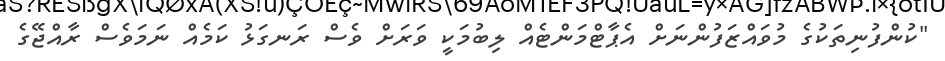
"ކުންފުނިތަކުގެ މުވައްޒަފުންނަށް އެޕާޓްމަންޓެއް ލިބުމަކީ ވަރަށް ވެސް ރަނގަޅު ކަމެއް ނަމަވެސް ރާއްޖޭގެ